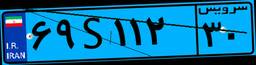
۶۹S۱۱۲۳۰